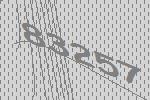
83257